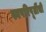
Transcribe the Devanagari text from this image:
स्वपरिपूर्तीची